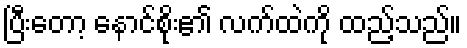
ပြီးတော့ နောင်စိုး၏ လက်ထဲကို ထည့်သည်။